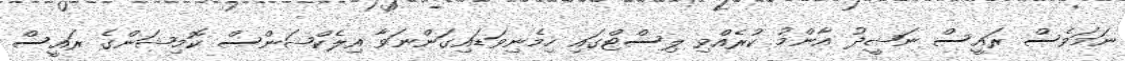
ނަމަވެސް ރައީސް ނަޝީދު އާންމު ކުރެއްވި ލިސްޓްގައި ހިމެނިވަޑައިގަންނަވާ އިލެކްޝަންސް ކޮމިޝަންގެ ރައީސް